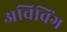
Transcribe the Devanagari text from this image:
अचिविंग